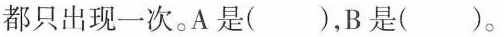
都只出现一次。A是( )，B是( )。